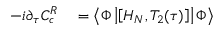
\begin{array} { r l } { - i { \partial _ { \tau } C _ { c } ^ { R } } } & { { } = \left< \Phi \left| \left[ { H } _ { N } , T _ { 2 } ( \tau ) \right] \right| \Phi \right> } \end{array}